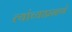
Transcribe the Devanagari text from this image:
त्यांच्याप्रमाणे